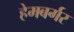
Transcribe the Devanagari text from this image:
हेमबर्गर